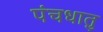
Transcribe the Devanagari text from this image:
पंचधातु